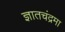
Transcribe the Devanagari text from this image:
ज्ञातचंद्रमा